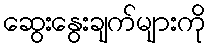
ဆွေးနွေးချက်များကို